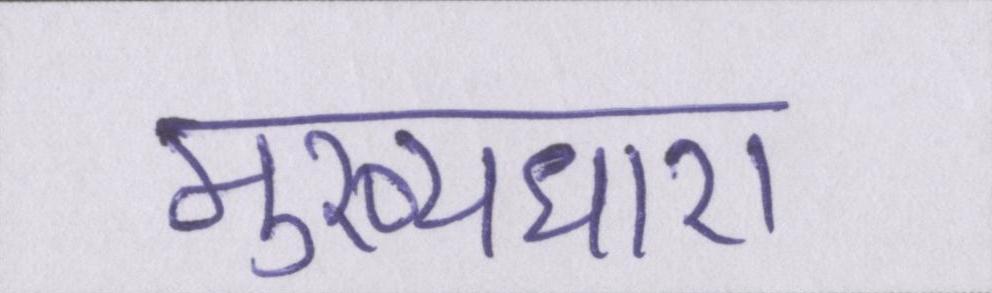
मुख्यधारा